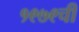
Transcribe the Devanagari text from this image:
१९७९ची